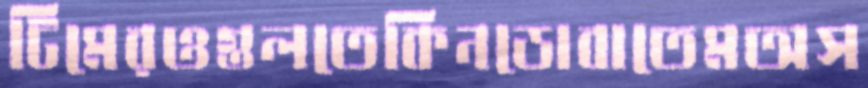
টিমেরওগুলতেকিনডোবাতেমঅস